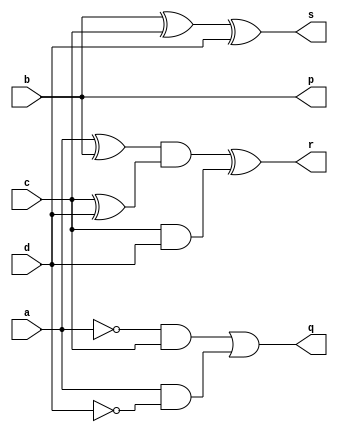
module dkg_gate(a,b,c,d,p,q,r,s);
input a,b,c,d;
output p,q,r,s;
wire w1,w2,w3;

	assign p = b;
	assign q = (~a & c) | (a & ~d);

	assign w1 = a^b;
	assign w2 = c^d;
	assign w3 = c&d;
	assign r = (w1 & w2) ^ w3;

	assign s = b ^ c ^ d;

endmodule